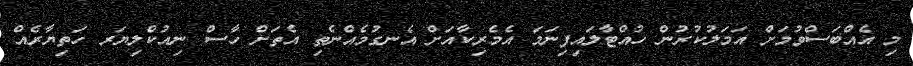
މި އެއްބަސްވުމަށް އަމަލުކުރުން ހުއްޓާލައިފިނަމަ އެމެރިކާއަށް އެނގުމެއްނެތި އެތަށް ހާސް ނިއުކްލިޔަރ ހަތިޔާރެއް